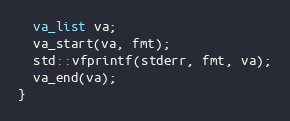
Language: C++
  va_list va;
  va_start(va, fmt);
  std::vfprintf(stderr, fmt, va);
  va_end(va);
}